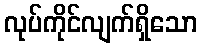
လုပ်ကိုင်လျက်ရှိသော